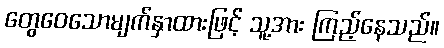
တွေဝေသောမျက်နှာထားဖြင့် သူ့အား ကြည့်နေသည်။